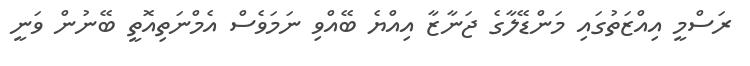
ރަސްމީ އިއްޒަތުގައި މަންޑޭލާގެ ޖަނާޒާ އިއްޔެ ބޭއްވި ނަމަވެސް އެމްނަތިއޮތީ ބޭނުން ވަނީ